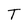
Character: T